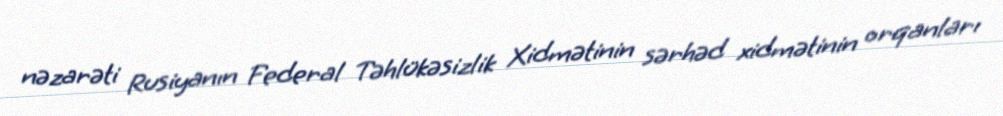
nəzarəti Rusiyanın Federal Təhlükəsizlik Xidmətinin sərhəd xidmətinin orqanları